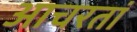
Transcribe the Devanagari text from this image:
आचरतां